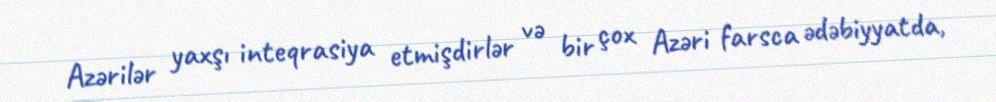
Azərilər yaxşı inteqrasiya etmişdirlər və bir çox Azəri farsca ədəbiyyatda,